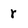
Character: r